Report on vaccination North-West Frontier Province 1904-1922 - 1904-1922
Year: 1904
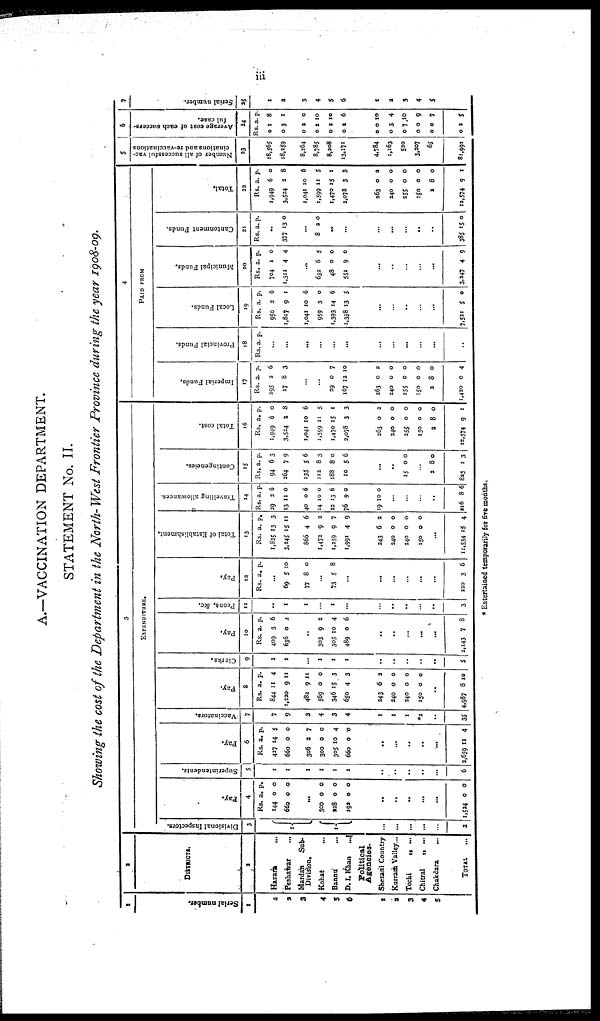
iii
A.—VACCINATION DEPARTMENT.
STATEMENT No. II.
Showing the cost of the Department in the North-West Frontier Province during the year 1908-09.
1
Serial number.
1
1
2
3
4
5
6
1
2
3
4
5
2
DISTRICTS.
2
Hazara
...
Peshawar ...
Mardan
Sub¬
Division.
Kohat ...
Bannu ...
D. I. Khan
...
Political
Agencies.
Sherani Country
Kurram Valley ...
Tochi
„ ...
Chitral
„ ...
Chakdara ...
TOTAL ...
3
EXPENDITURE.
Divisional Inspectors.
3
1
1
...
...
...
...
...
...
2
Pay.
4
Rs.
144
660
a.
0
0
p.
0
0
...
300
228
192
0
0
0
0
0
0
...
..
...
...
...
...
1,524 0 0
Superintendents.
5
1
1
1
1
1
1
...
...
...
...
...
...
6
Pay.
6
Rs.
427
660
306
300
305
660
a.
14
0
2
0
10
0
p.
5
0
7
0
4
0
...
...
...
...
...
...
2,659 11 4
Vaccinators.
7
7
9
3
4
3
4
...
1
1
1
*2
...
35
Pay.
8
Rs.
844
1,220
482
569
346
650
a.
11
9
9
0
15
4
p.
4
11
11
0
3
3
...
243
240
240
150
6
0
0
0
2
0
0
0
...
4,987 8 10
Clerks.
9
1
1
...
1
1
1
...
...
...
...
...
...
5
Pay.
10
Rs.
409
636
a.
3
0
p.
6
2
...
303
305
489
9
10
0
2
4
6
...
...
...
...
...
...
2,143 7 8
Peons, &c.
11
...
1
1
...
1
...
...
...
...
...
...
...
3
Pay.
12
Rs. a. p.
...
69
77
5
8
10
0
...
73 5 8
...
...
...
...
...
...
...
220
3 6
Total of Establishment.
13
Rs.
1,825
3,245
866
1,472
1,259
1,991
a.
13
15
4
9
9
4
p.
3
11
6
2
7
9
...
243
240
240
150
6
0
0
0
2
0
0
0
...
11,534 15 4
Travelling allowances.
14
Rs.
29
13
40
14
22
76
a.
2
11
0
10
13
9
p.
6
0
6
0
6
0
...
19 10 0
...
...
...
...
216
8 6
Contingencies.
15
Rs.
94
264
135
112
188
10
a.
6
7
5
8
8
5
p.
3
9
6
3
0
6
...
...
...
15 0 0
...
2
823
8
1
0
3
Total cost.
16
Rs.
1,949
3,524
1,041
1,599
1,470
2,078
a.
6
2
10
11
15
3
p.
0
8
6
5
1
3
...
253
240
255
150
2
12,574
0
0
0
0
8
9
2
0
0
0
0
1
4
PAID FROM
Imperial Funds.
17
Rs.
295
17
a.
2
8
p.
6
3
...
...
29
167
0
12
7
10
...
263
240
255
150
2
1,420
0
0
0
0
8
0
2
0
0
0
0
4
Provincial Funds.
18
Rs. a. p.
...
...
...
...
...
...
...
...
...
...
...
...
...
Local Funds.
19
Rs.
950
1,817
1,041
959
1,393
1,358
a.
2
9
10
3
14
13
p.
6
1
6
0
6
5
...
...
...
...
...
...
7,521 5 0
Municipal Funds.
20
Rs.
704
1,311
a.
1
4
p.
0
4
...
632
48
551
6
0
9
5
0
0
...
...
...
...
...
3,247 4 9
Cantonment Funds.
21
Rs. a. p.
...
377 13 0
...
8 2 0
...
...
...
...
...
...
...
...
385 15 0
Total.
22
Rs.
1,949
3,524
1,041
1,599
1,470
2,078
a.
6
2
10
11
15
3
p.
0
8
6
5
1
3
...
253
240
255
150
2
12,574
0
0
0
0
8
9
2
0
0
0
0
1
5
Number of all successful vac-
cinations and re-vaccinations
23
18,565
18,259
8,264
8,785
8,208
13,171
...
4,784
1,163
520
3,207
65
81,991
6
Average cost of each success¬
ful case.
24
Rs.
0
0
0
0
0
0
a.
1
3
2
2
2
2
p.
8
1
0
10
10
6
...
0
0
0
0
0
0
0
3
7
0
0
2
10
4
10
9
7
5
7
Serial number.
25
1
2
3
4
5
6
1
2
3
4
5
* Entertained temporarily for five months.